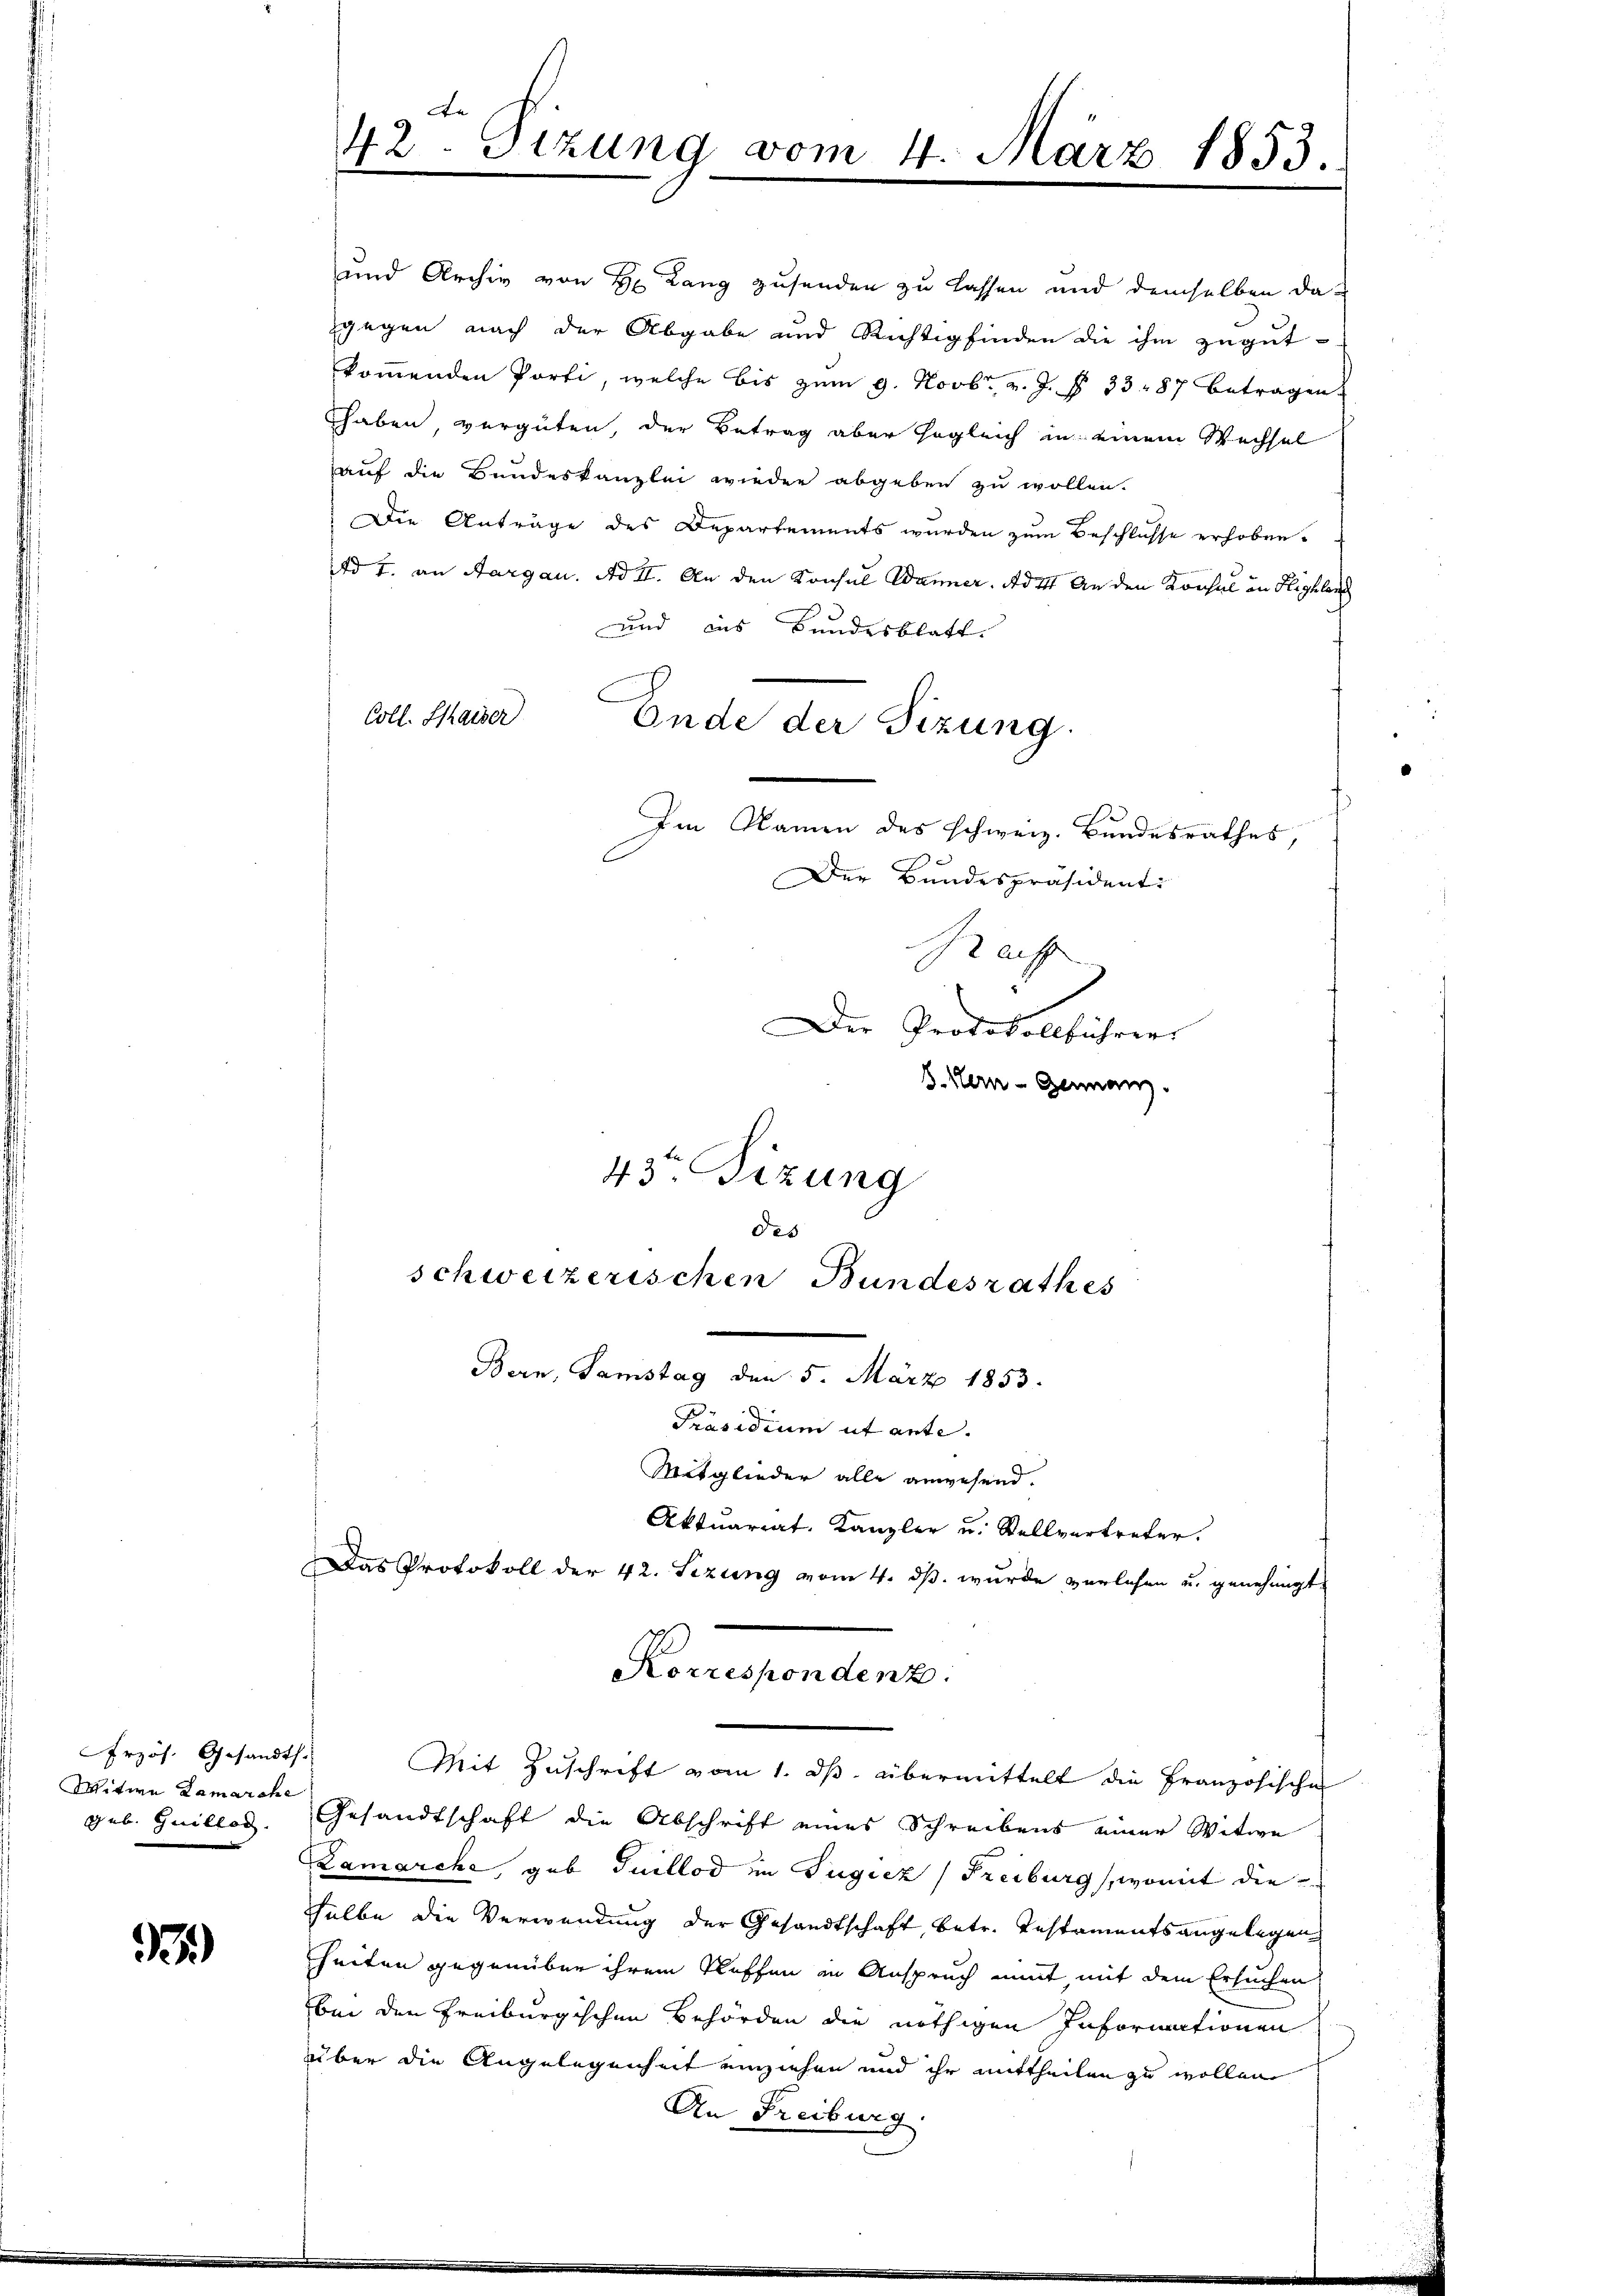
rzös. Gesandts
Witwe Zamarche
Geb. Guillar

B)

auf die Bundeskanzlei wieder abgeben zu wollen.
Die Anträge des Departements wurden zum Beschlüsse erhoben.
Ad 1. an Aargau. Ad II. An den Konsul Wanner. Ad 4. An den Konsul in Highlan
und aus Bundesblatt.
Ende der Sizung.
Im Namen des schweiz. Bundesrathes,
Der Bundespräsident:
B auf
Der Protokollführer
. Hern - Genuanz.
43te Sitzung
des

Präsidium ut ante.
Mitglieder alle anwesend.
Gesandtschaft die Abschrift eines Schreibens einer Witwe
Zamarche, gab Guillod im Tugicz (Freiburg, womit die
selbe die Verwendung der Gesandtschaft, betr. Testamentsangelegen
heiten gegenüber ihrem Kleffen in Anspruch mit mit dem Ersuchen
bei den Freiburgischen Behörden die nöthigen Informationen
über die Angelegenheit einziehen und ihr mittheilen zu wollen
An Freiburg

A
42. Sizung vom 4. März 1853.
d

Coll. Kaiser

und Archiv von H. Lang zusenden zu lassen und demselben da-
gegen nach der Abgabe und Richtigfinden die ihm zugut-
kommenden Porti, welche bis zum 9. Novbr. v. J. § 33. 87 betragen
Thaben vergüten, der Betrag aber sogleich in einem Wechsel

schweizerischen Bundesrathes
Bern, Samstag den 5. März 1853.

Aktuariat, Kanzler u. Stellvertreter.
Das Protokoll der 42. Setzung vom 4. ds. wurde verlesen u. genehmigt
Korrespondenz.
Mit Zuschrift vom 1. ds. übermittelt die Französischen